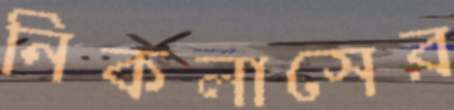
নিকলাসের